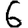
Digit: 6